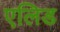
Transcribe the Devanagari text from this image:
एलिड